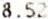
8.52